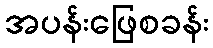
အပန်းဖြေစခန်း